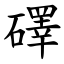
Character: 礋